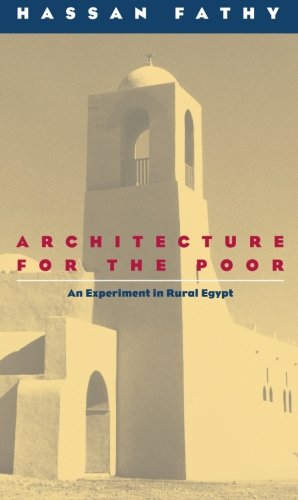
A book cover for Architecture for the Poor: An Experiment in Rural Egypt (Phoenix Books); Hassan Fathy; Politics & Social Sciences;